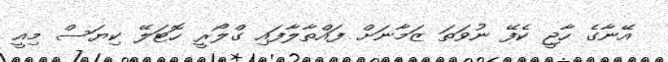
އޭނާގެ ހާޖީ ކެފޭ ނުވަތަ ޒަމާނަށް ފައްތާލާފައި ގްލޯރީ ހޮޓަލޭ ކިޔަސް މިއީ